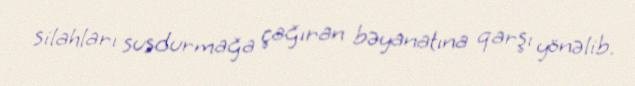
silahları susdurmağa çağıran bəyanatına qarşı yönəlib.